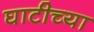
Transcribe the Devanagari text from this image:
घाटीच्या